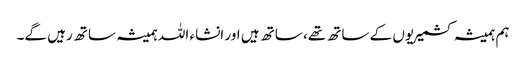
ہم ہمیشہ کشمیریوں کے ساتھ تھے، ساتھ ہیں اور انشاء اللہ ہمیشہ ساتھ رہیں گے۔